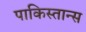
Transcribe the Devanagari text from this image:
पाकिस्तान्स